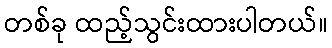
တစ်ခု ထည့်သွင်းထားပါတယ်။